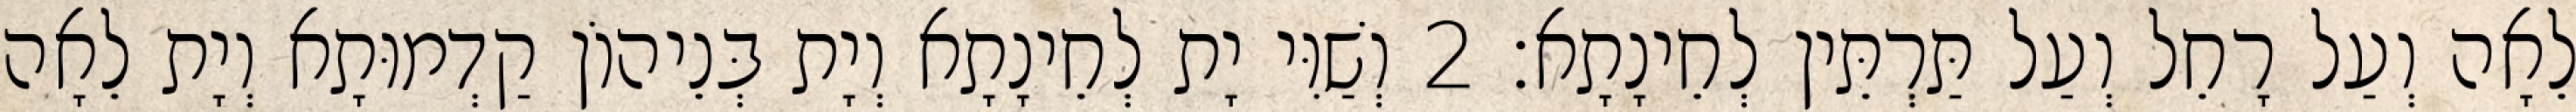
לֵאָה וְעַל רָחֵל וְעַל תַּרְתֵּין לְחֵינָתָא׃ 2 וְשַׁוִּי יָת לְחֵינָתָא וְיָת בְּנֵיהוֹן קַדְמוּתָא וְיָת לֵאָה